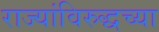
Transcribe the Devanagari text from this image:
राज्यांविरुद्धच्या